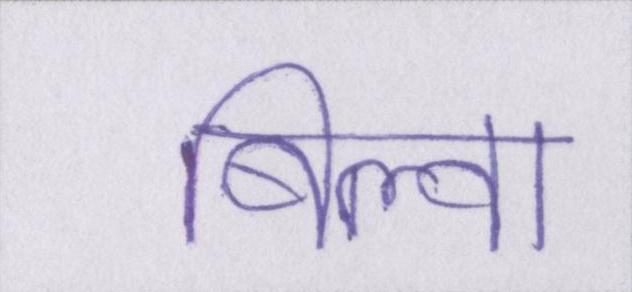
बिल्व